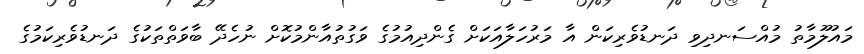
މައުލޫމާތު މުއްސަނދިވި ދަނޑުވެރިކަން އާ މަރުހަލާއަކަށް ގެންދިއުމުގެ ވަގުތުއާންމުކޮށް ނުހެދޭ ބާވަތްތަކުގެ ދަނޑުވެރިކަމުގެ